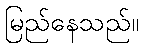
မြည်နေသည်။